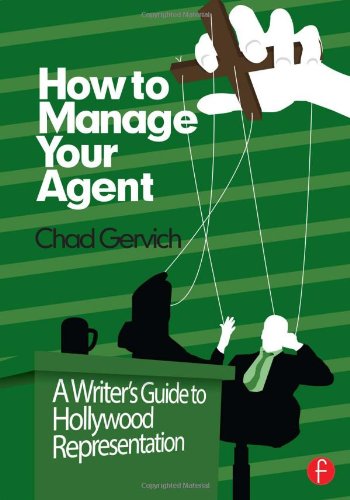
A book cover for How to Manage Your Agent: A Writer's Guide to Hollywood Representation; Chad Gervich; Business & Money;